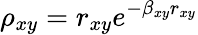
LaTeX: \rho_{xy}=r_{xy}e^{-\beta_{xy}r_{xy}}